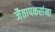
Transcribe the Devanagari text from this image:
जैतापकरांना